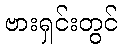
ဗားရှင်းတွင်